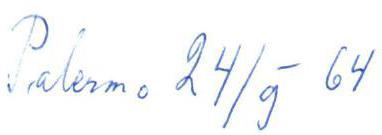
Palermo 24/9-64